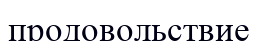
продовольствие